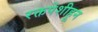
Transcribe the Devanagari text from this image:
रक्तपेशीहून